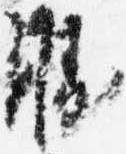
勝